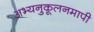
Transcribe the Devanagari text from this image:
अभ्यनुकूलनमापी